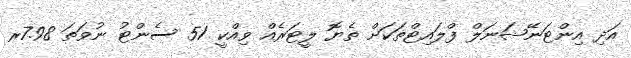
އަދި އިންޓަނޭޝަނަލް ފްލައިޓްތަކަށް ތެޔޮ ލީޓަރެއް ވިއްކީ 51 ސެންޓު ނުވަތަ 7.98ރ